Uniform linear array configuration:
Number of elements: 16
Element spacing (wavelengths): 0.25
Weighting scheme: uniform
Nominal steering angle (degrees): -15
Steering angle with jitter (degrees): -15.169
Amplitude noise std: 0.05
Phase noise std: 0.05

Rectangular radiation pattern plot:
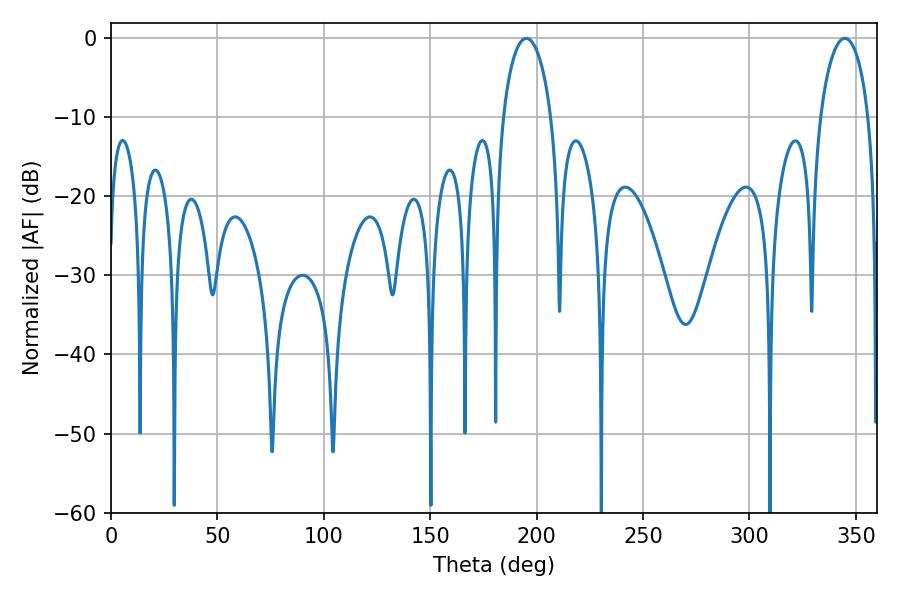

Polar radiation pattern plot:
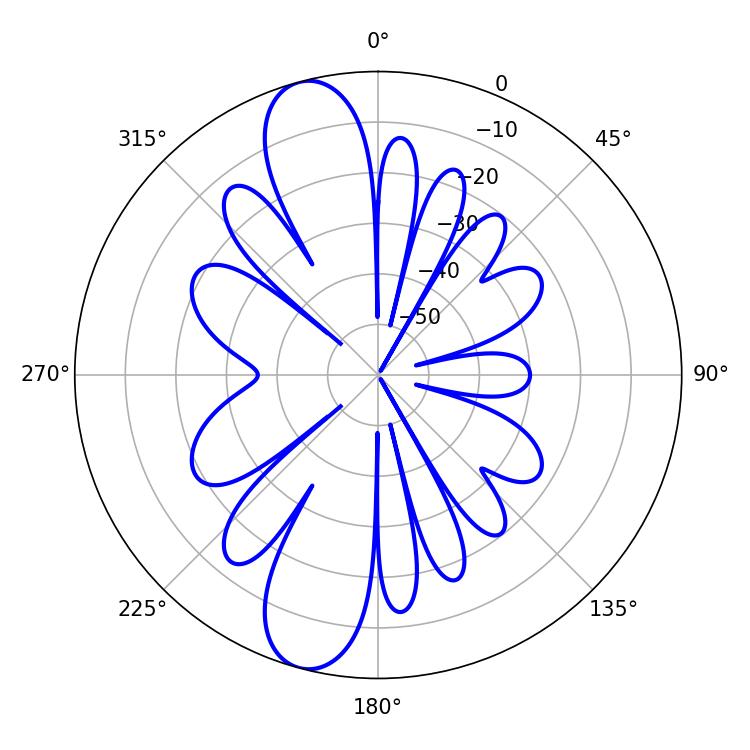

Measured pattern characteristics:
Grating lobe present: FALSE
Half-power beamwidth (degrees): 12.96
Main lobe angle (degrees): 344.88